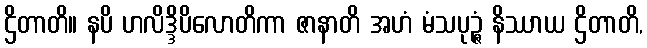
ဌိတာတိ။ နပိ ဟလိဒ္ဒိပိလောတိကာ ဇာနာတိ အဟံ မံသပုဉ္ဇံ နိဿာယ ဌိတာတိ,